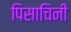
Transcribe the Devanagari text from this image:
पिसाचिनी